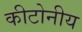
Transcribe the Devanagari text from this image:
कीटोनीय